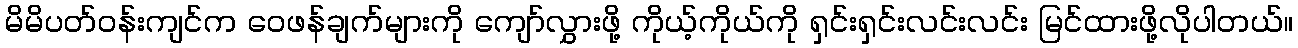
မိမိပတ်ဝန်းကျင်က ဝေဖန်ချက်များကို ကျော်လွှားဖို့ ကိုယ့်ကိုယ်ကို ရှင်းရှင်းလင်းလင်း မြင်ထားဖို့လိုပါတယ်။